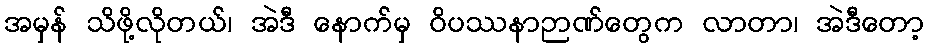
အမှန် သိဖို့လိုတယ်၊ အဲဒီ နောက်မှ ဝိပဿနာဉာဏ်တွေက လာတာ၊ အဲဒီတော့